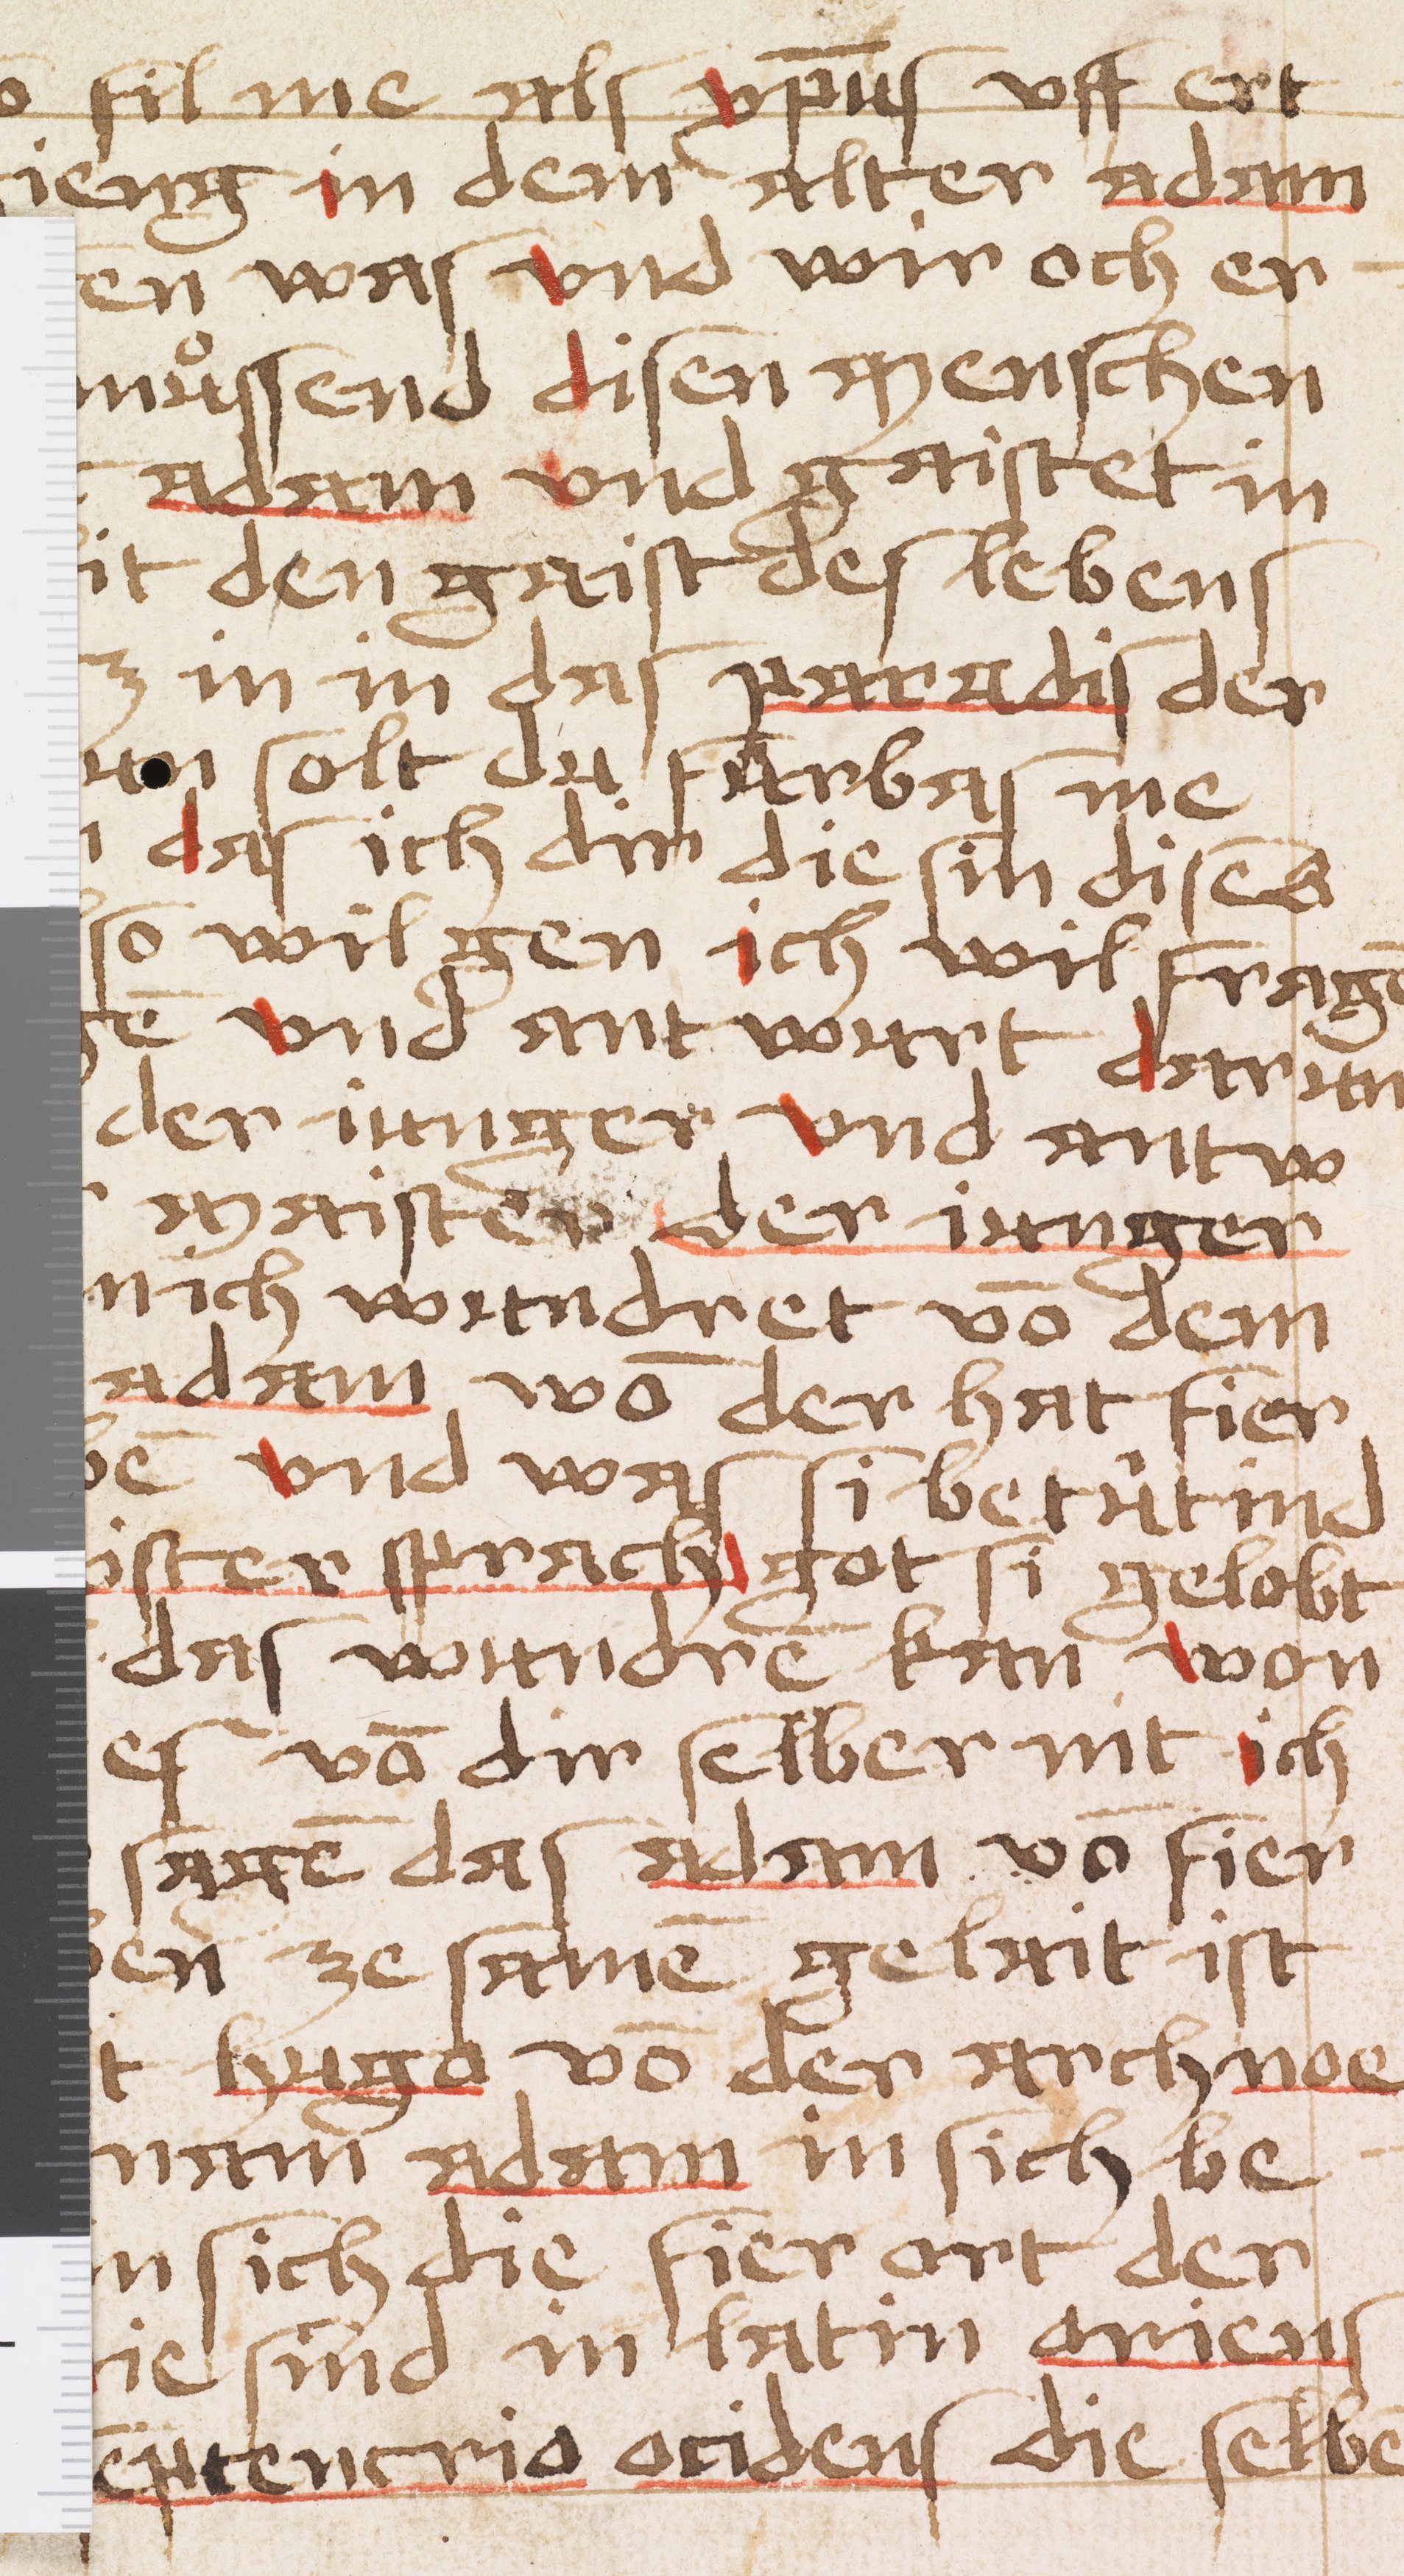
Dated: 1484–1484